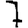
Digit: 7